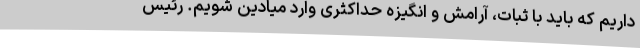
داریم که باید با ثبات، آرامش و انگیزه حداکثری وارد میادین شویم. رئیس